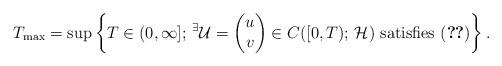
LaTeX: \begin{align*} T_{\mathrm{max}} &= \sup \left\{ T \in (0,\infty] ;\, {}^{\exists} \mathcal{U} = \begin{pmatrix} u\\ v \end{pmatrix} \in C([0,T) ;\, \mathcal{H}) \ \mbox{satisfies \eqref{app:1:inteq}} \right\}.\end{align*}